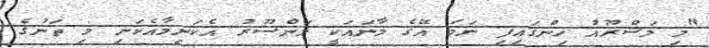
"މި މަޝްރޫއު ހިންގައިފި ނަމަ އޭގެ މާނައަކީ މަންސޫރު އެކަނިމާއެކަނި މި ތަނުގެ